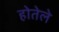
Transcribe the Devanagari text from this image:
होतेले